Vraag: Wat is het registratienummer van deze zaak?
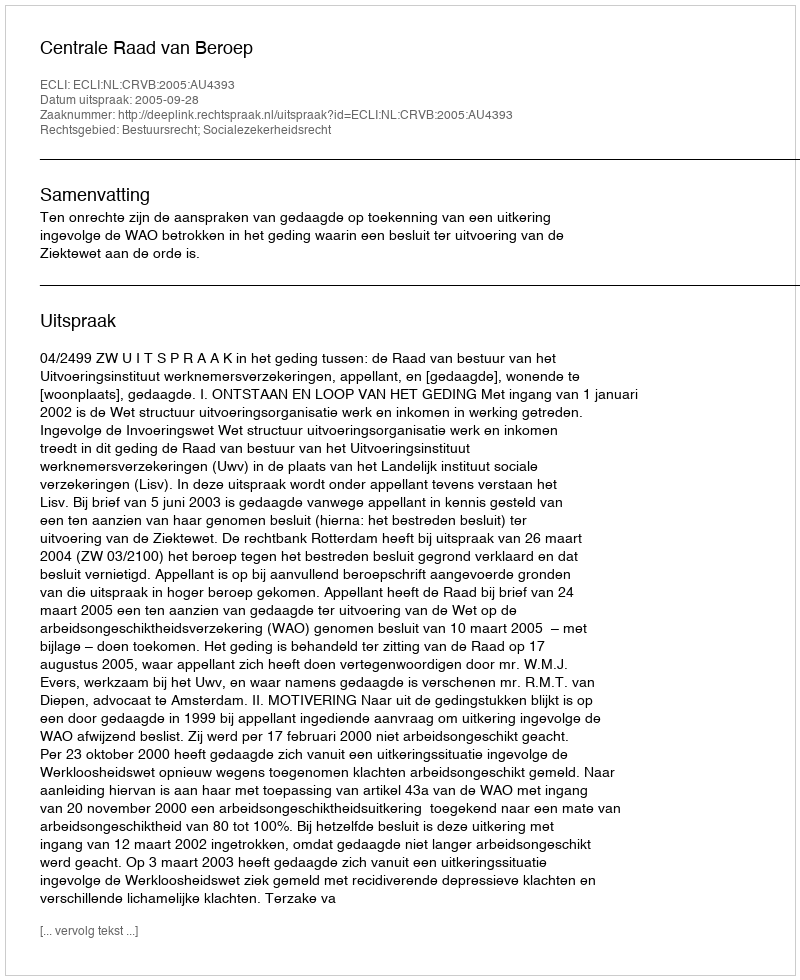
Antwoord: http://deeplink.rechtspraak.nl/uitspraak?id=ECLI:NL:CRVB:2005:AU4393